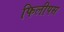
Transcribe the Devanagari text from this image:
फिलीपस